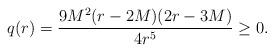
LaTeX: \begin{align*}q(r)={}&\frac{9 M^2 (r - 2 M) (2 r - 3 M)}{4 r^5}\geq 0.\end{align*}